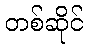
တစ်ဆိုင်